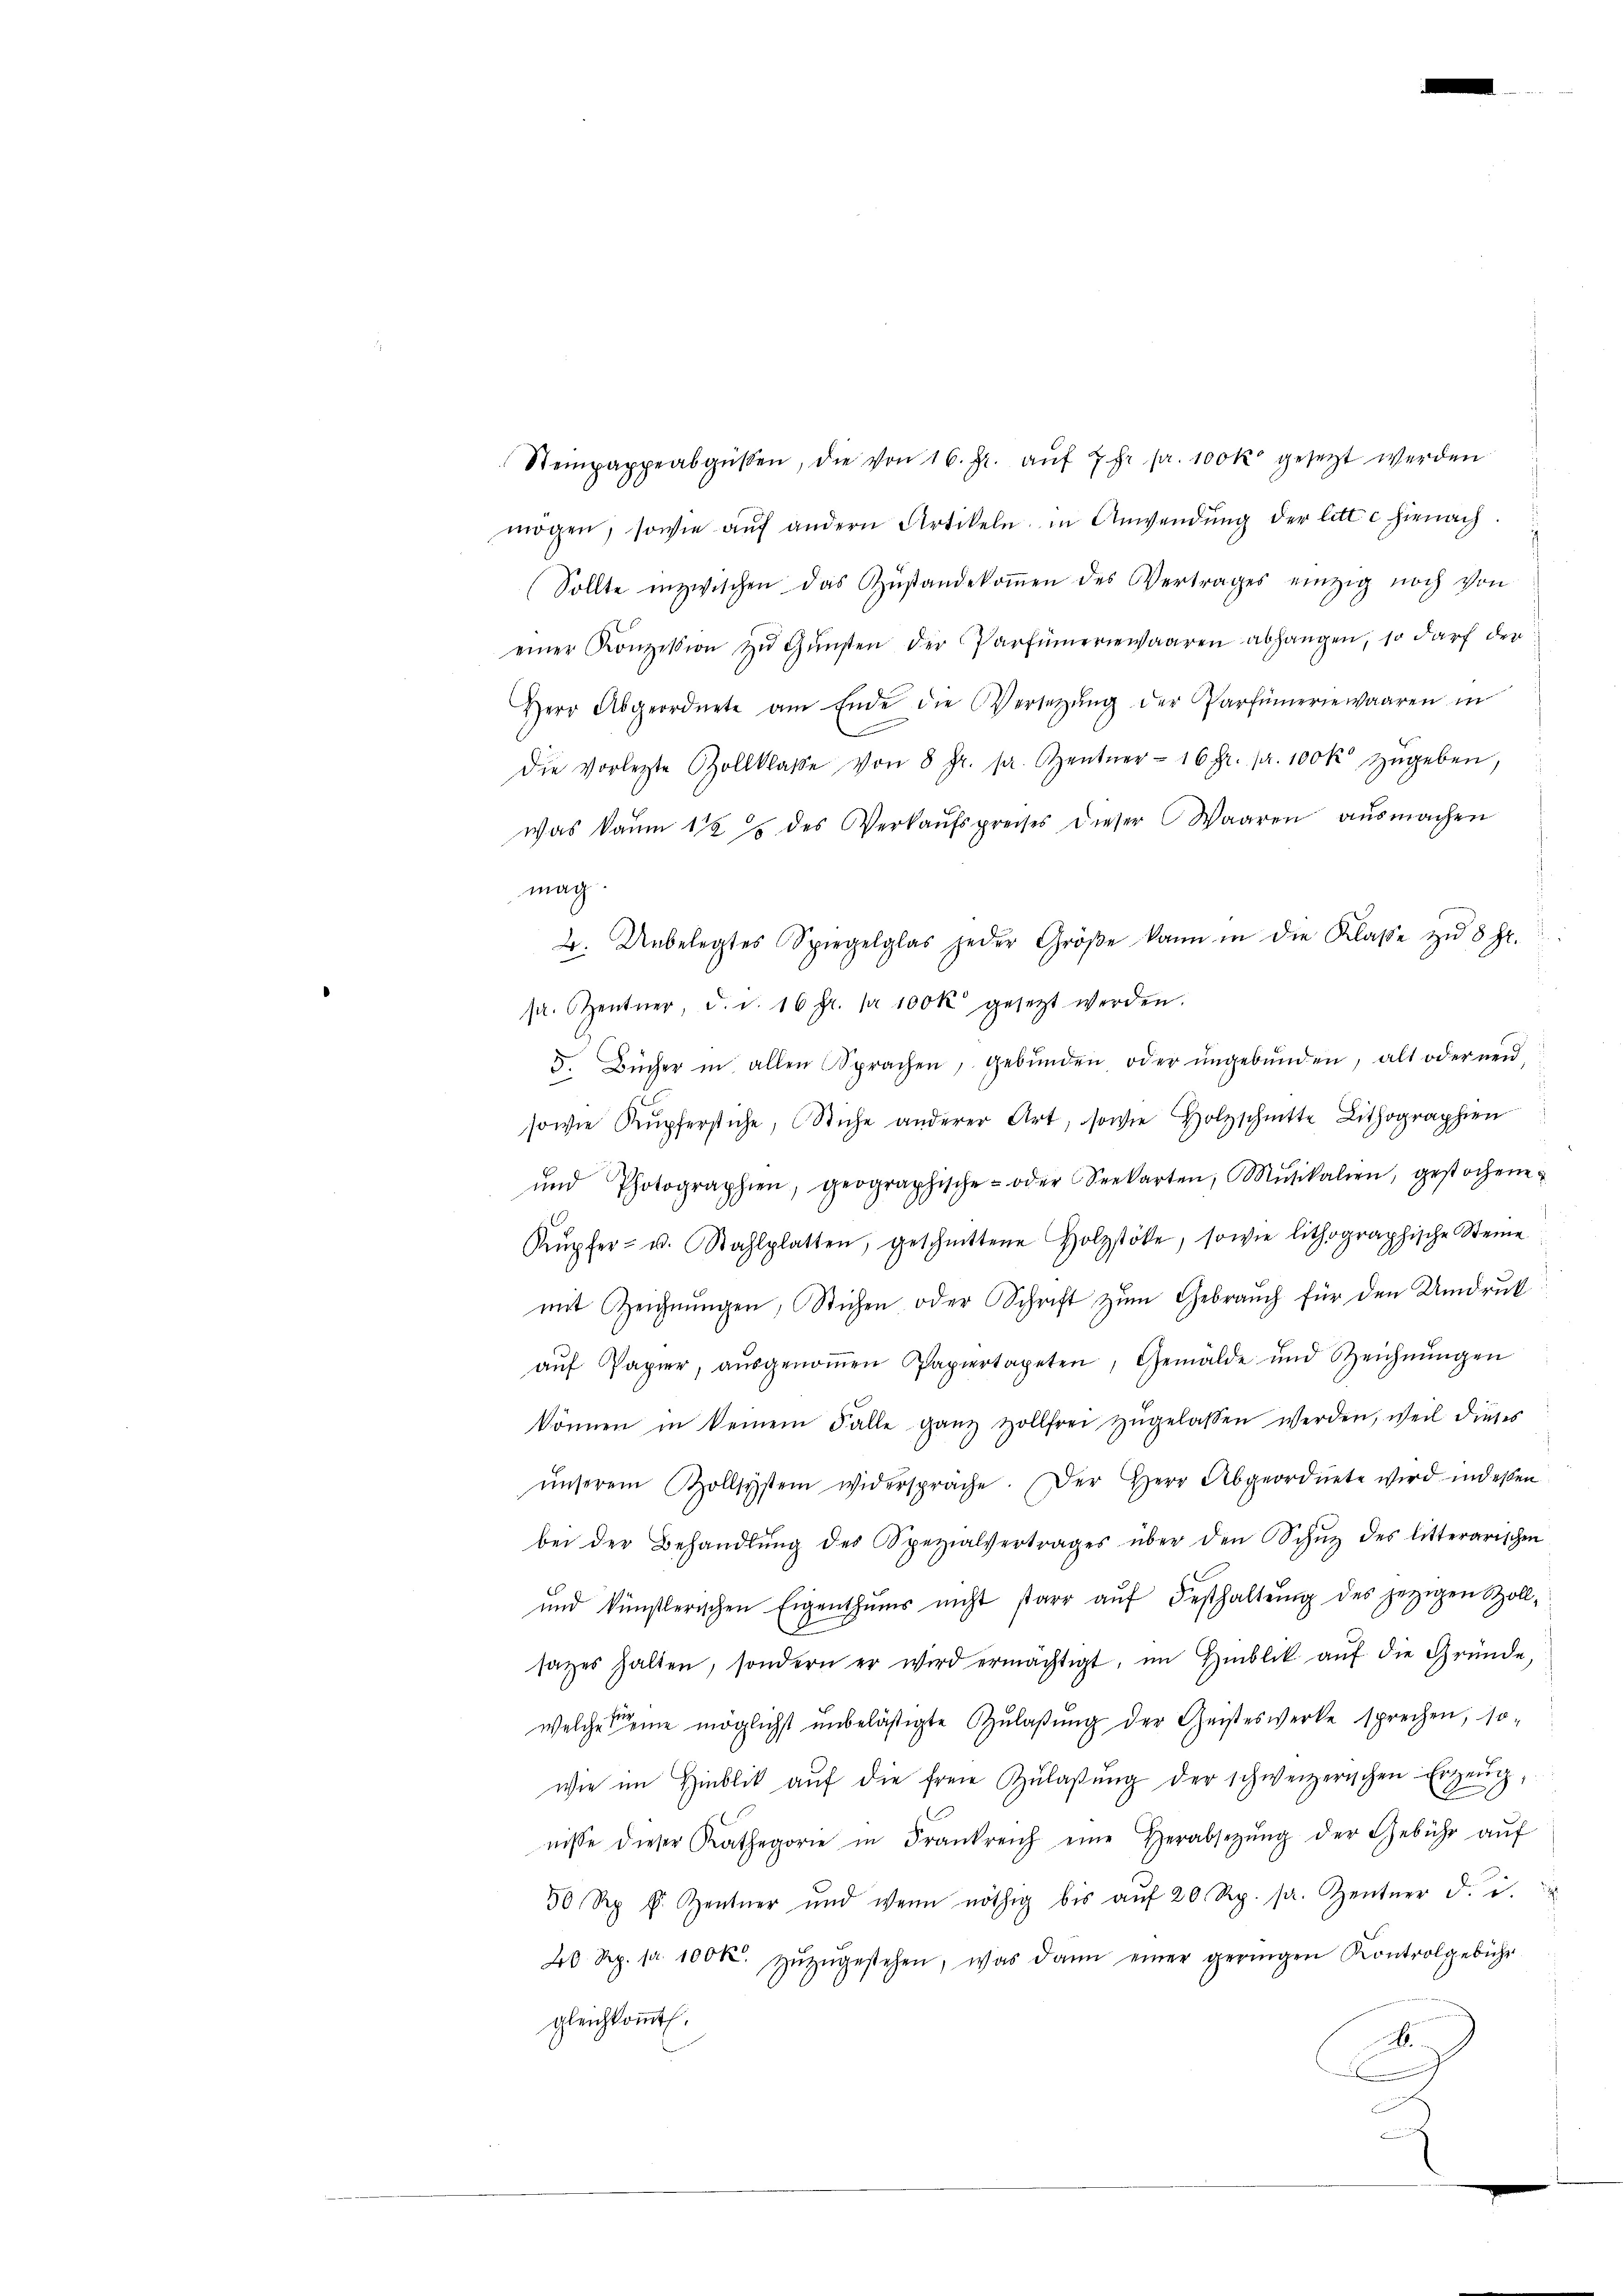
Steinpappeabgüssen, die von 16. Fr. aŭf 3 Fr. pr. 100 k gesetzt werden
mögen, sowie aŭf andern Artikeln in Anwendŭng der litt c hienach.
Sollte inzwischen das Zŭstandekoṁen des Vertrages einzig noch von
einer Konzession zŭ Gŭnsten der Parfümeriewaaren abhangen, so darf der
Herr Abgeordnete am Ende die Versetzŭng der Partümeriewaaren in
Die vorlegte Zollklasse von 8 Fr. pr. entner 16 Fr. pr. 100 k zŭgeben,
Was kaum 1 1/2 des Verkaŭfspreises dieser Waaren ausmachen
mag.
2. Unbelegtes Spiegelglas jeder Größe kann in die Klasse zŭ 8 Fr.
sr. Zentner, d. d. 16 Fr. Ja 100 k gesetzt werden.
5. Bücher in allen Sprachen, gebŭnden oder ŭngebŭnden, alt oder neŭ
sowie Kupferstiche, Stiche anderer Art, sowie Holzschnitte Lithographen
ŭnd Photographien, geographische- oder Seekarten, Mŭsikalien, gestochene
Kŭpfer- u. Wahlplatten, geschnittene Holzstöke, sowie lithographische Steine
mit Zeichnŭngen, Stichen oder Schrift zum Gebrauch für den Umdruk
aŭf Papier, aŭsgenoṁen Papiertapeten, Gemälde und Zeichnŭngen
können in keinem Falle ganz Hollfrei zŭgelassen werden, weil dieses
ŭnserem Zollsystem widerspräche. Der Herr Abgeordnete wird indessen
bei der Behandlŭng des Spezialvertrages über den Schŭt des litterarischen
und künstlerischen Eigenthŭms nicht starr aŭf Festhaltŭng des jetzigen Szoll-
sates halten, sondern er wird ermächtigt, im Hinblik aŭf die Gründe,
welches eine möglichst unbelästigte Zŭlaβŭng der Geisteswerke sprechen, so-
wie im Hinblik aŭf die freie Zŭlaβŭng der schweizerischen Erzeug,
nisse dieser Kathegorie in Frankreich eine Herabsetzŭng der Gebühr aŭf
50 Rp. v. Zentner und wenn nöthig bis aŭf 20 Rp. sr. Zentner d. d.
20 Rp. pr. 1000. zŭzŭgestehen, was dann einer geringen Kontrolgebühr
gleichkommt.
.